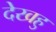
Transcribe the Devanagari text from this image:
देखहु